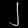
Digit: ၂